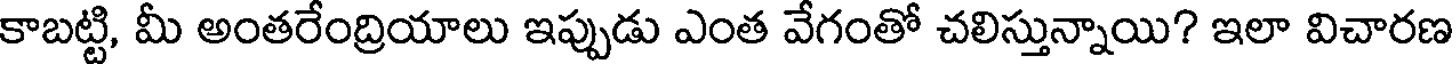
కాబట్టి, మీ అంతరేంద్రియాలు ఇప్పుడు ఎంత వేగంతో చలిస్తున్నాయి? ఇలా విచారణ